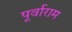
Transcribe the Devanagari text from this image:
पूर्वाराम